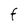
Character: F